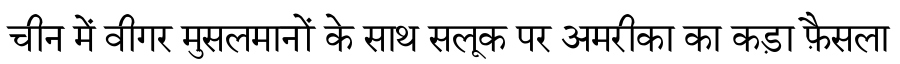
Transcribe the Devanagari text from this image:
चीन में वीगर मुसलमानों के साथ सलूक पर अमरीका का कड़ा फ़ैसला